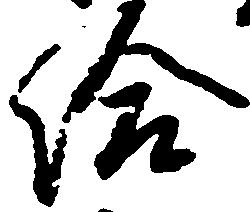
給